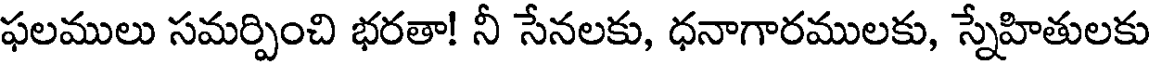
ఫలములు సమర్పించి భరతా! నీ సేనలకు, ధనాగారములకు, స్నేహితులకు